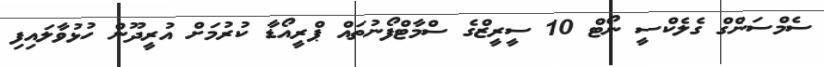
ސެމްސަންގް ގެލެކްސީ ނޯޓް 10 ސީރީޒްގެ ސްމާޓްފޯނުތައް ޕްރީއޯޑާ ކުރުމަށް އުރީދޫން ހުޅުވާލައިފި